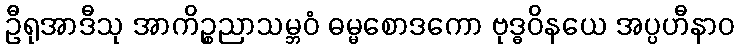
ဦရုအာဒီသု အာကိဉ္စညာသမ္ဘဝံ ဓမ္မစောဒကော ဗုဒ္ဓဝိနယေ အပ္ပဟီနာဝ